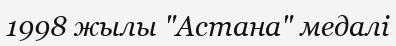
1998 жылы "Астана" медалі